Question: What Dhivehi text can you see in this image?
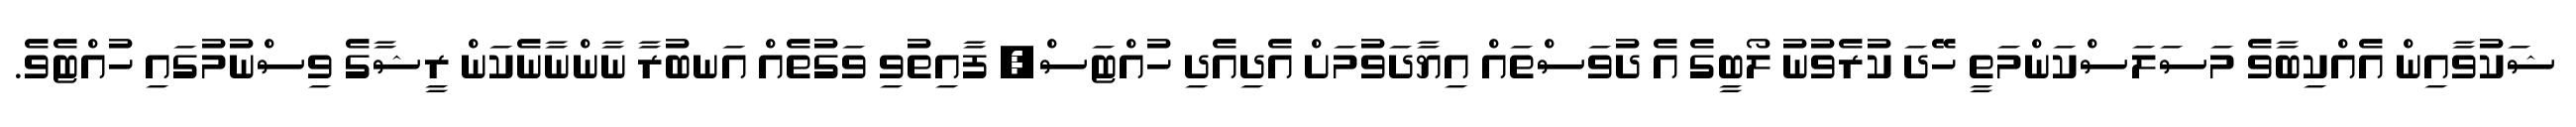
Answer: ޝަކުވާއިން އެއްކިބާވެ މަސަލަސްކަންމަތީ ހޭދަ ކުރެވުނު ލޯބީގެ އެ ދުވަސްތައް އިޔާދަވުމަށް އެދިއެދި ހުއްޓަސް, ފާއިތުވި ވަގުތެއް އަނބުރާ ނާންނާނެކަން ރީޝާގެ ވިސްނުމުގައި ހުއްޓެވެ.